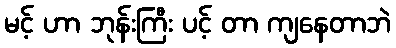
မင့် ဟာ ဘုန်းကြီး ပင့် တာ ကျနေတာဘဲ